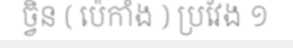
ច្វិន ( ប៉េកាំង ) ប្រវែង ១